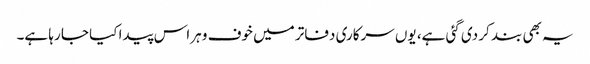
یہ بھی بند کر دی گئی ہے، یوں سرکاری دفاتر میں خوف و ہراس پیدا کیا جا رہا ہے۔